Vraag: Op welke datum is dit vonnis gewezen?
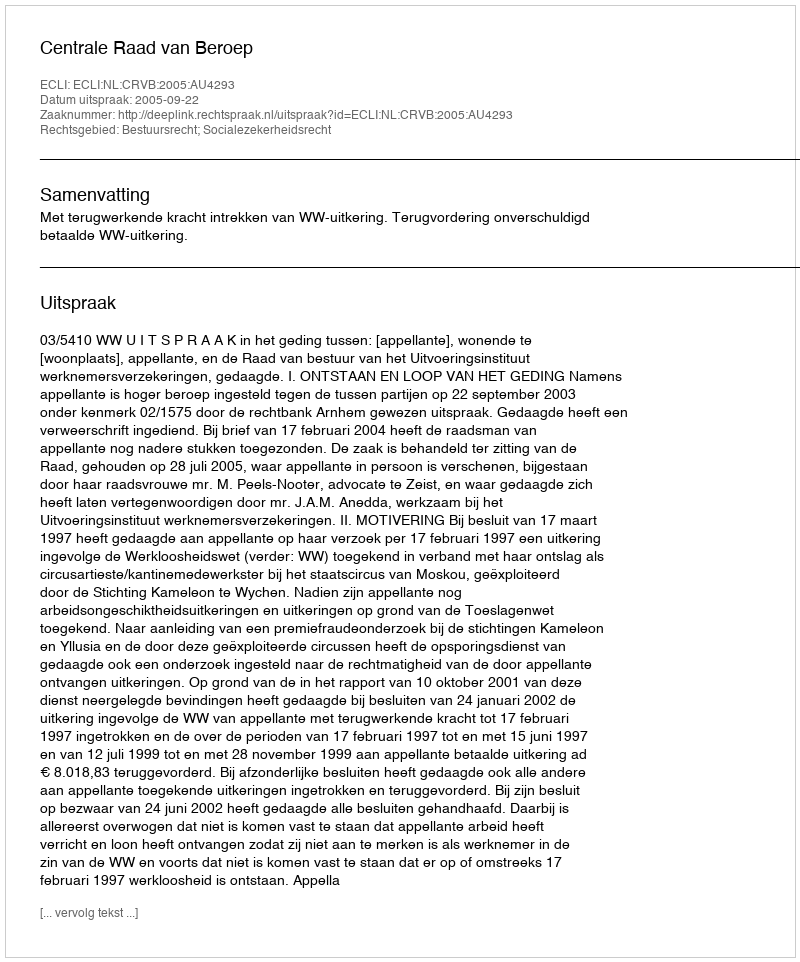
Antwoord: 2005-09-22